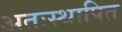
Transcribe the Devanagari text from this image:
अतःस्थापित